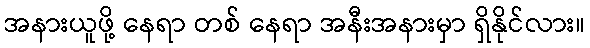
အနားယူဖို့ နေရာ တစ် နေရာ အနီးအနားမှာ ရှိနိုင်လား။